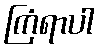
ကြံရာပါ